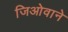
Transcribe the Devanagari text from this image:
जिओवाने